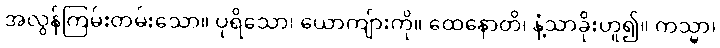
အလွန်ကြမ်းတမ်းသော။ ပုရိသော၊ ယောကျ်ားကို။ ထေနောတိ၊ နံ့သာခိုးဟူ၍။ ကသ္မာ၊